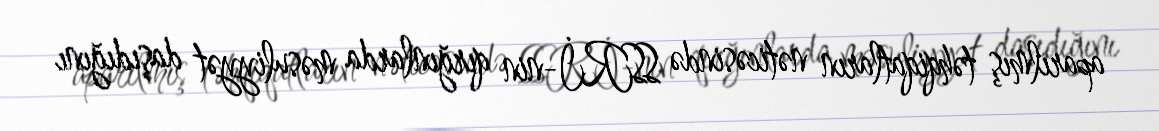
aparılmış təhqiqatların nəticəsində SSRİ-nin qırğınlarda məsuliyyət daşıdığını